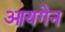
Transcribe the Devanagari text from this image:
आयगेन